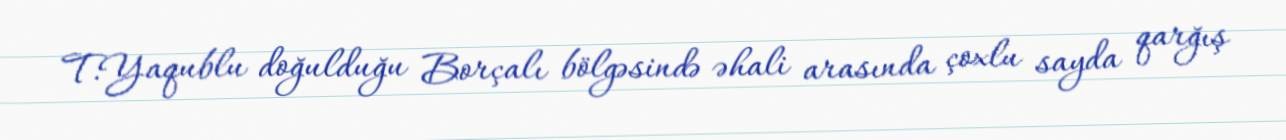
T.Yaqublu doğulduğu Borçalı bölgəsində əhali arasında çoxlu sayda qarğış